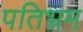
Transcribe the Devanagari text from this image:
पतिभ्रम